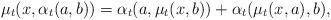
LaTeX: \begin{align*}\mu_t(x,\alpha_t(a,b))=\alpha_t(a,\mu_t(x,b))+\alpha_t(\mu_t(x,a),b),\end{align*}